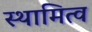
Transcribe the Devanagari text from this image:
स्थामित्व